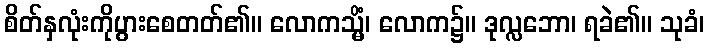
စိတ်နှလုံးကိုပွားစေတတ်၏။ လောကသ္မိံ၊ လောက၌။ ဒုလ္လဘော၊ ရခဲ၏။ သုခံ၊